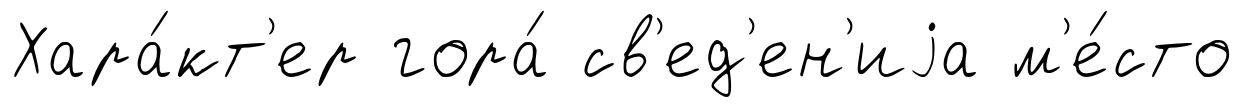
Хара́кт'ер гора́ св'ед'ен'иjа м'е́сто